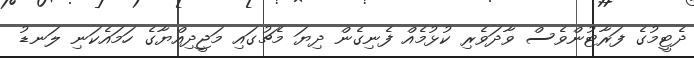
ދެޓީމުގެ ފަރާޓުންވެސް ވާދަވެރި ކުޅުމެއް ފެނިގެން ދިޔަ މެޗުގައި މަޖީދިއްޔާގެ ހަމައެކަނި ލަނޑު